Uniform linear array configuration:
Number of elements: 16
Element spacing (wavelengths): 0.25
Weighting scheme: hamming
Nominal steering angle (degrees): -60
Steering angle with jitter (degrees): -61.095
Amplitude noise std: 0.05
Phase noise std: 0.05

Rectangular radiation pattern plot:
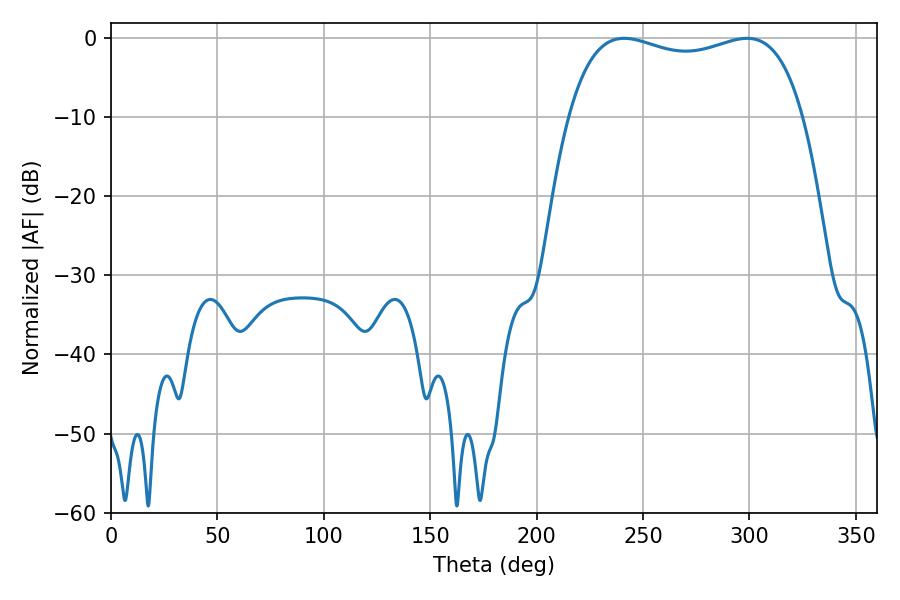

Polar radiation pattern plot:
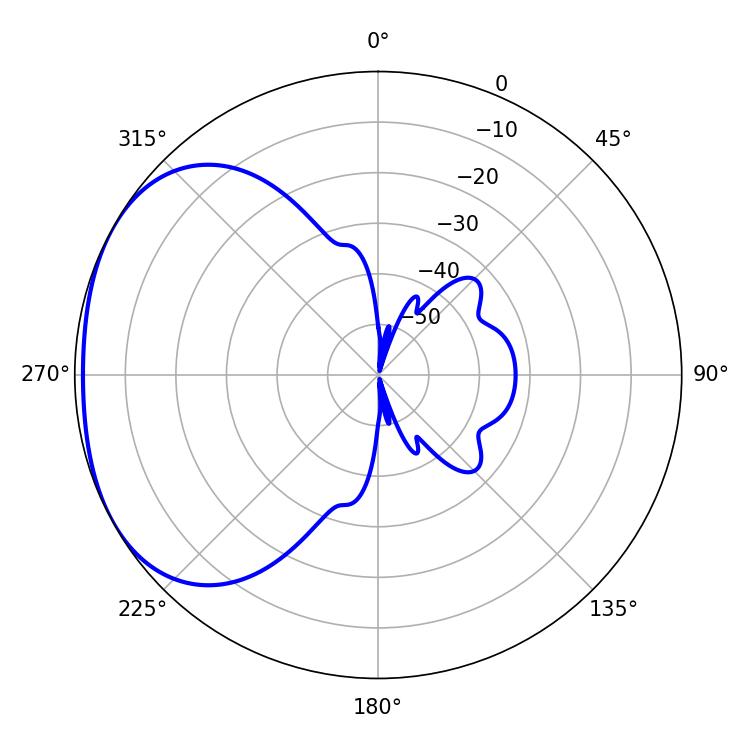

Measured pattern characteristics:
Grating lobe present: FALSE
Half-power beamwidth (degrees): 90
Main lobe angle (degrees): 241.2